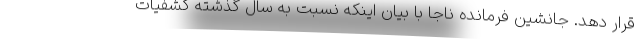
قرار دهد. جانشین فرمانده ناجا با بیان اینکه نسبت به سال گذشته کشفیات